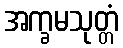
အက္ခမသုတ္တံ